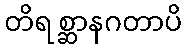
တိရစ္ဆာနဂတာပိ